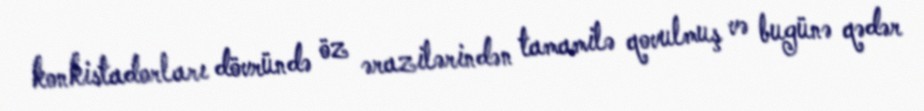
konkistadorları dövründə öz ərazilərindən tamamilə qovulmuş və bugünə qədər